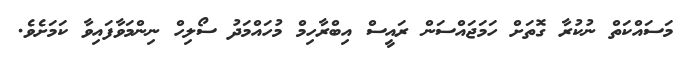
މަސައްކަތް ނުކުރާ ގޮތަށް ހަމަޖައްސަން ރައީސް އިބްރާހިމް މުހައްމަދު ސޯލިހް ނިންމަވާފައިވާ ކަމަށެވެ.